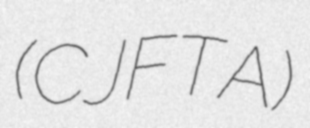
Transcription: (CJFTA)